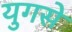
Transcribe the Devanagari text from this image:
युगसे